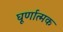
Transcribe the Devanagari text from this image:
घूर्णात्मक